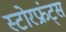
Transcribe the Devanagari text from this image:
स्टोरफ्रंट्स